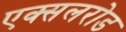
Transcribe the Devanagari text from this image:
एक्सलरोड